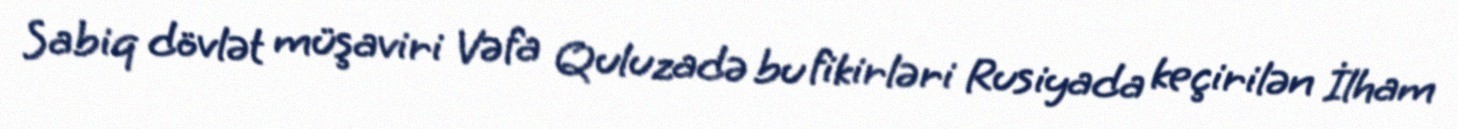
Sabiq dövlət müşaviri Vəfa Quluzadə bu fikirləri Rusiyada keçirilən İlham